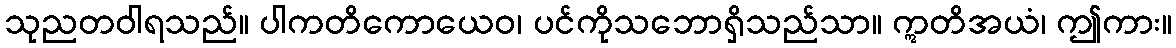
သုညတဝါရသည်။ ပါကတိကောယေဝ၊ ပင်ကိုသဘောရှိသည်သာ။ ဣတိအယံ၊ ဤကား။